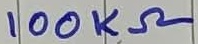
Text: 100KΩ